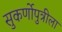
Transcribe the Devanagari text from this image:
सुकर्णोपुत्रीला